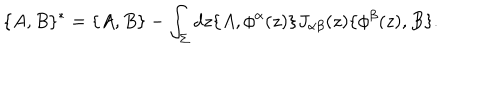
\{ A , B \} ^ { * } = \{ A , B \} - \int _ { \Sigma } d z \{ A , \phi ^ { \alpha } ( z ) \} J _ { \alpha \beta } ( z ) \{ \phi ^ { \beta } ( z ) , B \} .